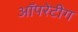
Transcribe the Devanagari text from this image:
ऑपरेटीग